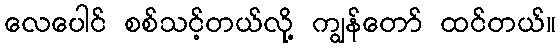
လေပေါင် စစ်သင့်တယ်လို့ ကျွန်တော် ထင်တယ်။